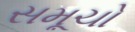
સમૂચો